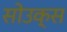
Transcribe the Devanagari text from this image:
सोउक्स